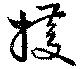
擭